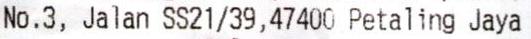
NO.3, JALAN SS21/39,47400 PETALING JAYA